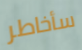
سأخاطر